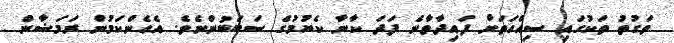
ވަގުތު ތަކުގައި ސިއްހަތަށް ފައިދާވާނެ ފަދަ ކާނާ ކެޔުމުގެ ސަބަބުންނެވެ. އެހެންކަމުން ރަމަޟާން